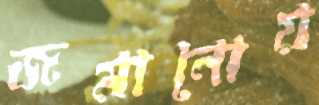
জমানোয়